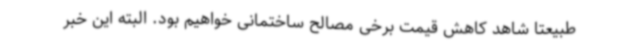
طبیعتا شاهد کاهش قیمت برخی مصالح ساختمانی خواهیم بود. البته این خبر